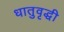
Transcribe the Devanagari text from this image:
धातुवृद्धी